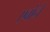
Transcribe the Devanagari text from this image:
एबोने